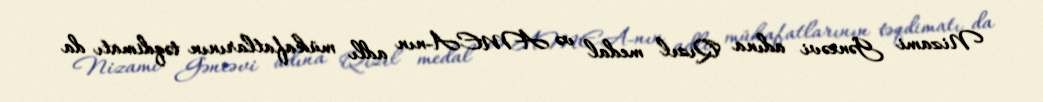
Nizami Gəncəvi adına Qızıl medal və AMEA-nın adlı mükafatlarının təqdimatı da